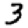
Digit: 3